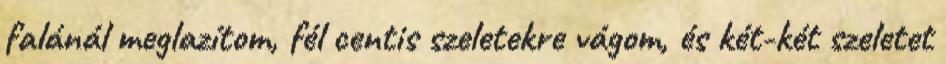
falánál meglazítom, fél centis szeletekre vágom, és két-két szeletet